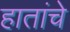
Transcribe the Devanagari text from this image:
हातांचे